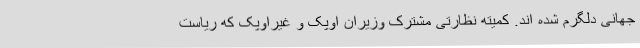
جهانی دلگرم شده اند. کمیته نظارتی مشترک وزیران اوپک و غیراوپک که ریاست